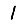
Digit: 1